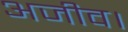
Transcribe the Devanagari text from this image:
अजीव।